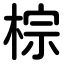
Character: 棕